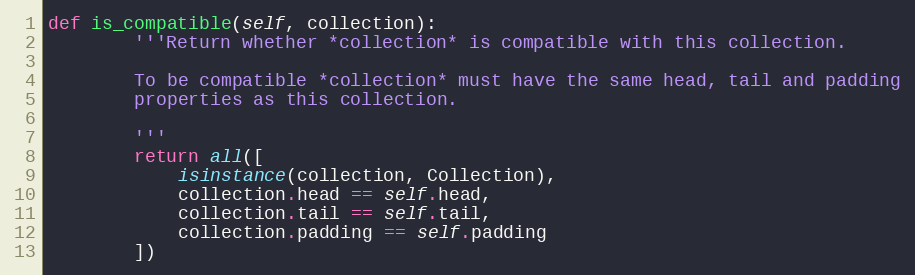
Language: Python
def is_compatible(self, collection):
        '''Return whether *collection* is compatible with this collection.

        To be compatible *collection* must have the same head, tail and padding
        properties as this collection.

        '''
        return all([
            isinstance(collection, Collection),
            collection.head == self.head,
            collection.tail == self.tail,
            collection.padding == self.padding
        ])